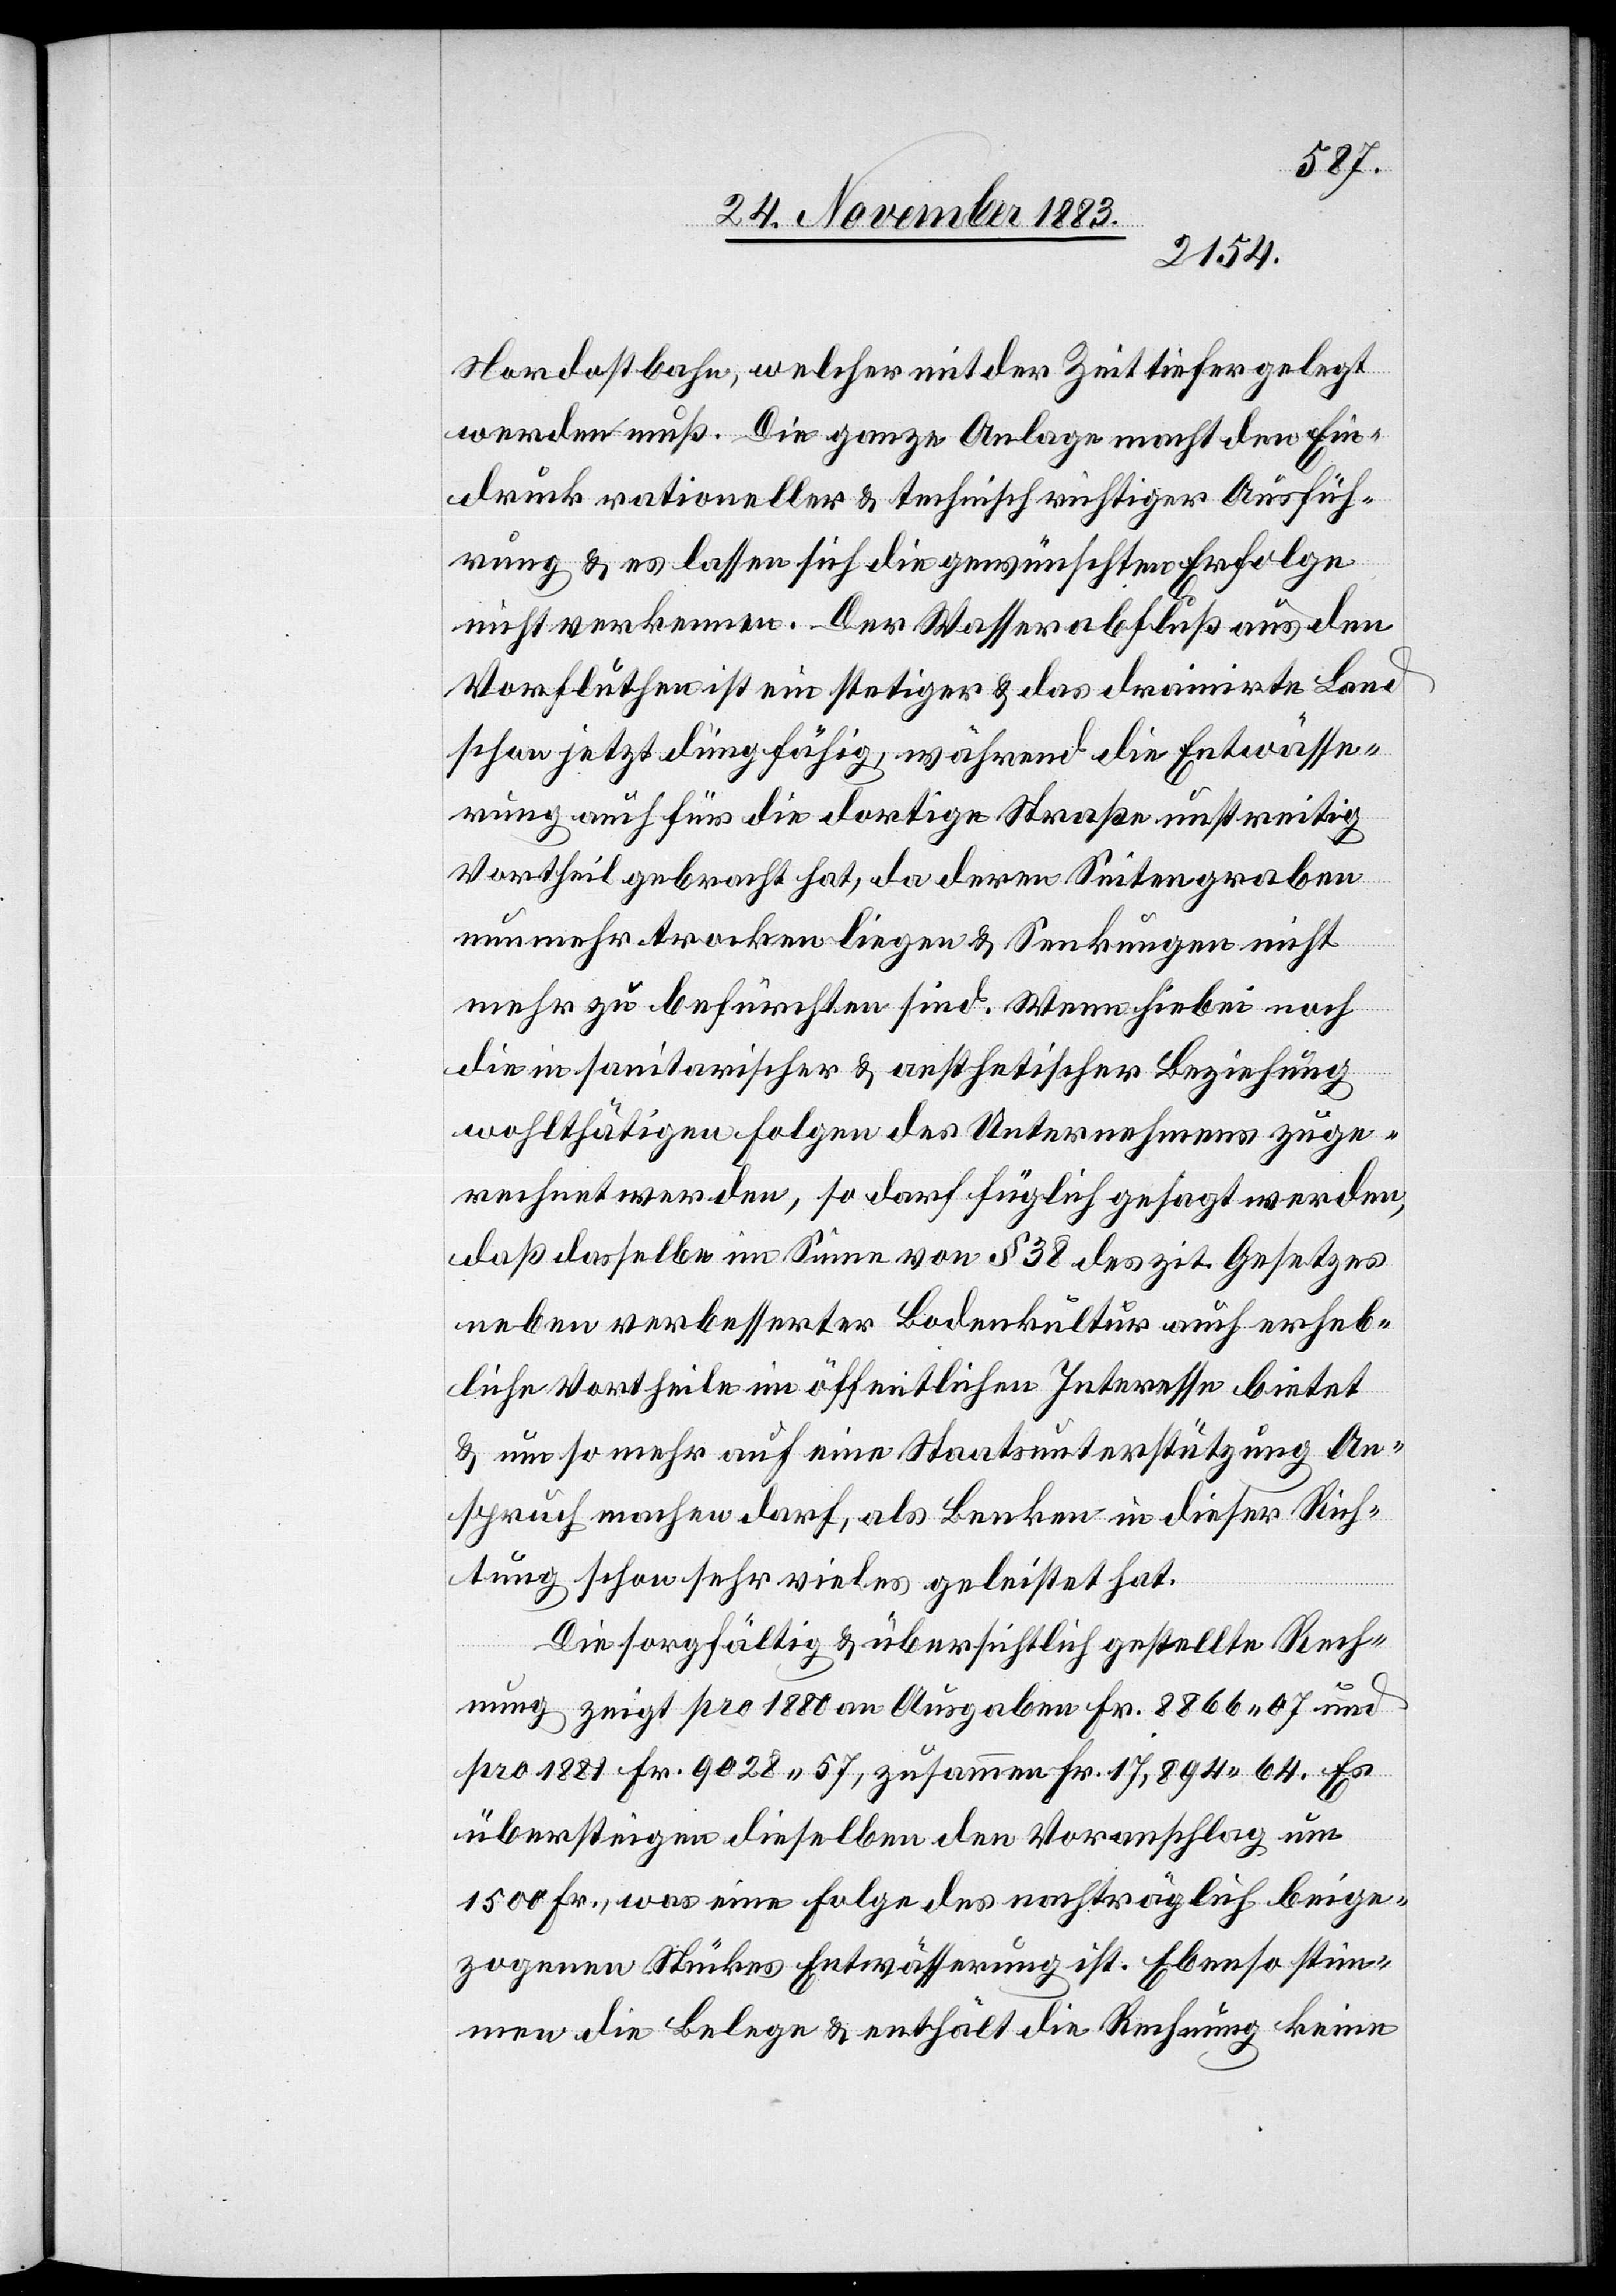
Nordostbahn, welcher mit der Zeit tiefer gelegt
werden muß. Die ganze Anlage macht den Ein¬
druck rationeller & technisch richtiger Ausfüh¬
rung & es lassen sich die gewünschten Erfolge
nicht verkennen. Der Wasserabfluß aus den
Vorfluthen ist ein stetiger & das drainirte Land
schon jetzt düngfähig, während die Entwässe¬
rung auch für die dortige Straße unstreitig
Vortheil gebracht hat, da deren Seitengraben
nun mehr trocken liegen & Senkungen nicht
mehr zu befürchten sind. Wenn hiebei noch
die in sanitarischer & aesthetischer Beziehung
wohlthätigen Folgend des Unternehmens zuge¬
rechnet werden, so darf füglich gesagt werden,
daß dasselbe im Sinne von § 38 des zit. Gesetzes
neben verbesserter Bodenkultur auch erheb¬
liche Vortheile im öffentlichen Interesse bietet
& um so mehr auf eine Staatsunterstützung An¬
spruch machen darf, als Benken in dieser Rich¬
tung schon sehr vieles geleistet hat.
Die sorgfältig & übersichtlich gestellte Rech¬
nung zeigt pro 1880 an Ausgaben Fr. 8866 07 und
pro 1881 Fr. 9028 57, zusammen Fr. 17,894 64. Es
übersteigen dieselben den Voranschlag um
1500 Fr., was eine Folge des nachträglich beige¬
zogenen Stückes Entwässerung ist. Ebenso stim¬
men die Belege & enthält die Rechnung keine